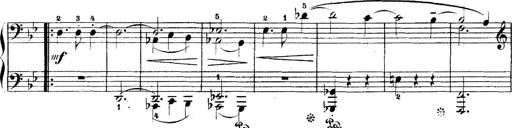
Title: 5 Sonatinas
Composer: Theodor Kirchner